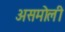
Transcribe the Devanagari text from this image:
असमोली